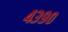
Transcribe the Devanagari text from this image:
४३९०